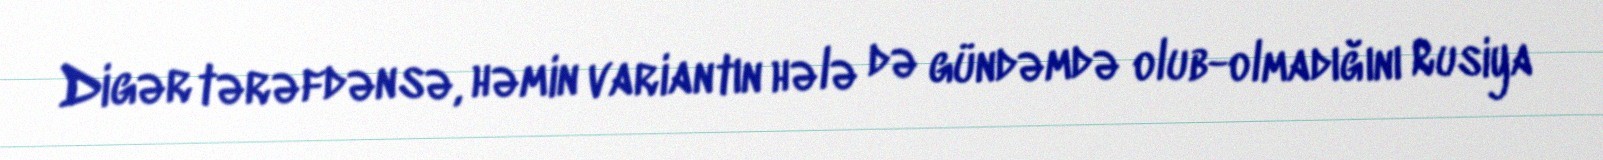
Digər tərəfdənsə, həmin variantın hələ də gündəmdə olub-olmadığını Rusiya